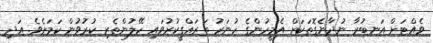
ވެއްޓަށް އަނބުރާ ނުދާނެގޮތަކަށް އެމީހުންގެ ހުނަރު ތަރައްގީކުރުވައި ހޭލުންތެރި ކުރުވުން ކަމަށެވެ. އަދި